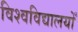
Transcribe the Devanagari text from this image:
विश्वविद्यालयोँ